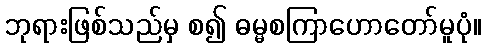
ဘုရားဖြစ်သည်မှ စ၍ ဓမ္မစကြာဟောတော်မူပုံ။